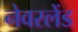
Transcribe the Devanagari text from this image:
नेवरलेंड